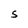
Character: S